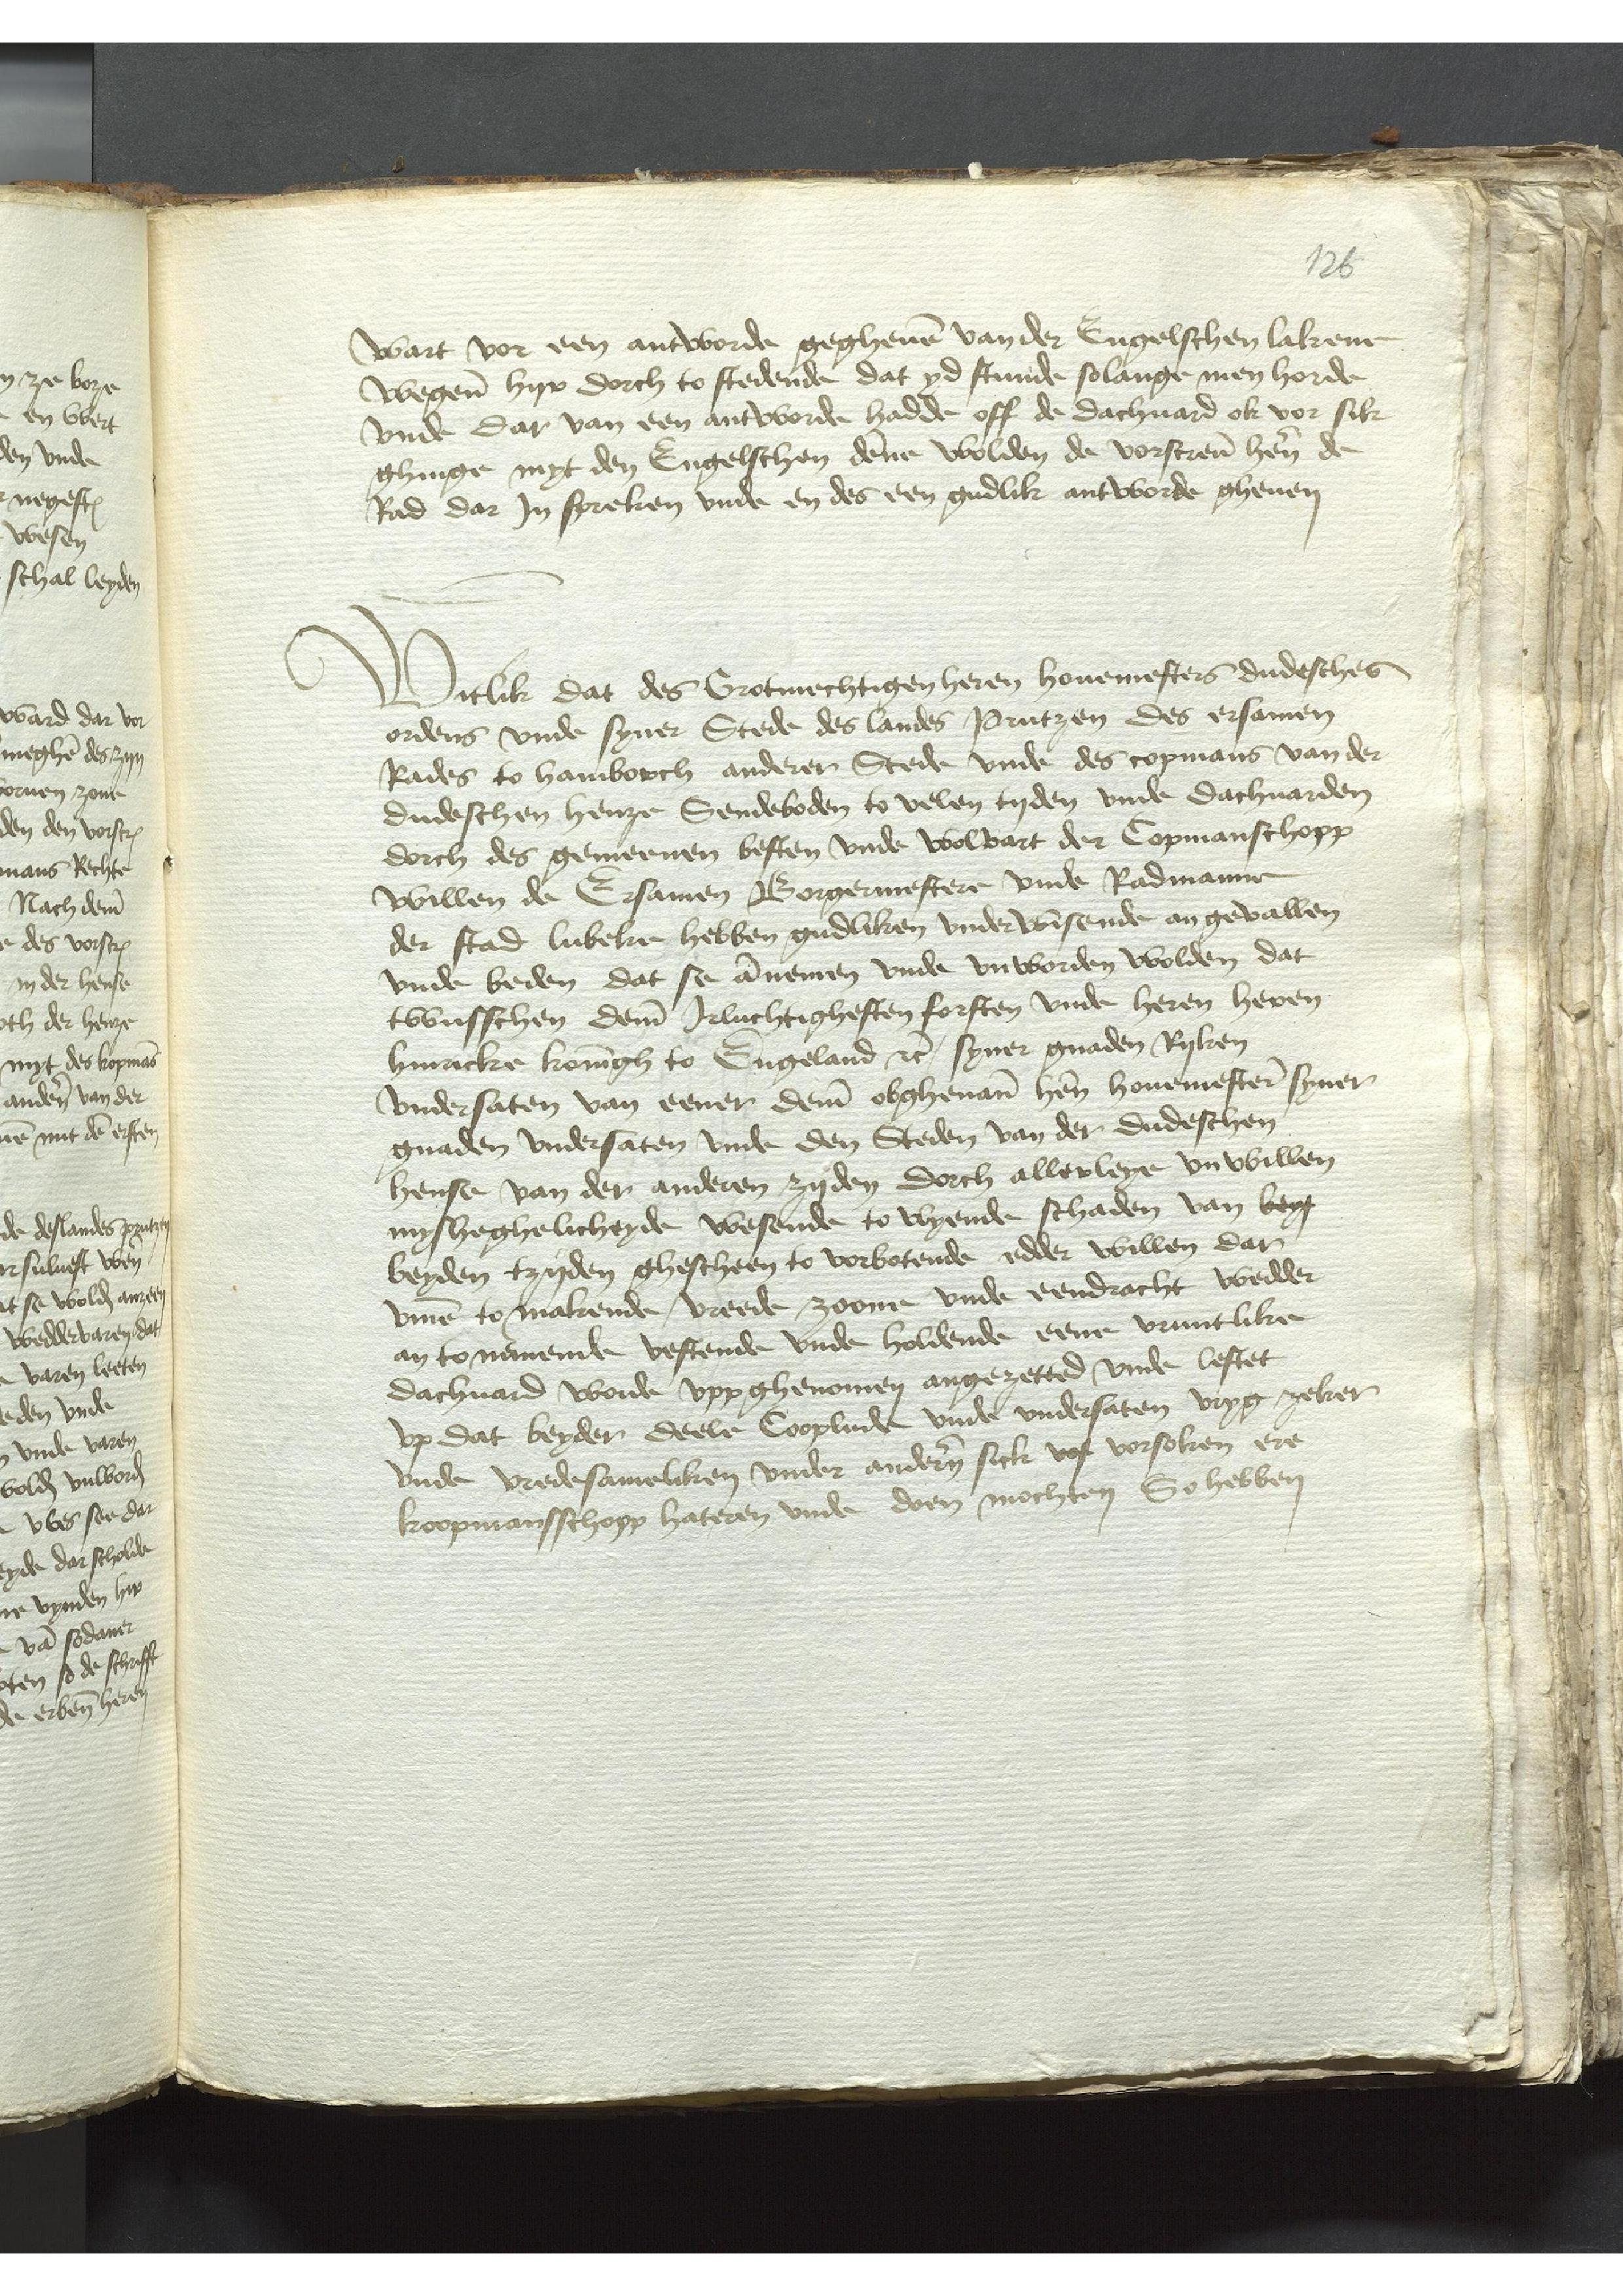
wart vor een antworde gegheuen van der Engelschen lakene
wegene hyr dorch to stedende dat yd stunde solange men horde
vnde dar van een antworde hadde off de dachuard ok vor sik
ghinge myt den Engelschen denne wolden de vorscreuen heren de
Rad dar Jn spreken vnde en des een gudlik antworde gheuen

Witlik dat des Grotmechtigen heren houemesters dudesches
ordens vnde syner Stede des landes Prutzen des ersamen
Rades to Hamborch anderer Stede vnde des copmans van der
dudeschen henze Sendeboden to velen tyden vnde dachuarden
dorch des gemeenen besten vnde wolvart der Copmanschopp
willen de Ersamen Borgermestere vnde Radmanne
der stad Lubeke hebben gudliken vnderwisende an gevallen
vnde beden dat se annemen vnde vnworden wolden dat
twusschen deme Jrluchtighesten forsten vnde heren heren
Hinricke koningh to Engeland etcetera syner gnaden Ryken
vndersaten van eener deme obghenanen heren houemestere syner
gnaden vndersaten vnde den Steden van der dudeschen
hense van der anderen zyden dorch allerleye vnwillen
mysheghelicheyde wesende to wyende schaden van bey
beyden tzyden ghescheen to vorbotende edder willen dar
vmme to makende, vreede zoone vnde eendracht wedder
an tonamende vestende vnde holdende eene vruntlike
dachuard worde vpp ghenomen angezetted vnde leftet
vp dat beyder deele Cooplude vnde vndersaten vryg zeker
vnde vredesameliken vnder anderen sick vof vorsoken ere
koopmansschopp hateren vnde doen mochten So hebben